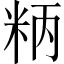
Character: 𥹘